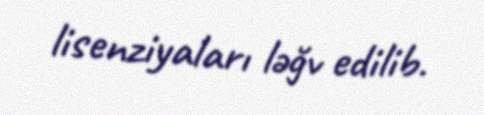
lisenziyaları ləğv edilib.